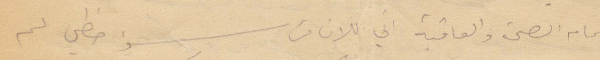
بتمام الصحة والعافية اني الان من سوء حظي لم